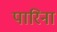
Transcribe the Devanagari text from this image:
पारिना